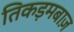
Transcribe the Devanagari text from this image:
तिकड़मबाज़